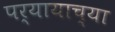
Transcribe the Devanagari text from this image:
पर्यायाच्या